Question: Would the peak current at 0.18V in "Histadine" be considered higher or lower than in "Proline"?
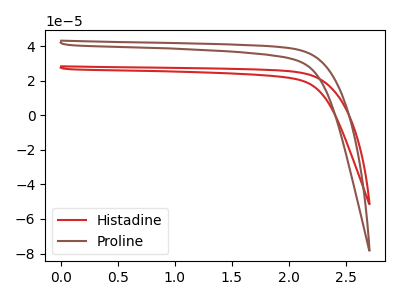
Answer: <think>The red curve "Histadine" has no peaks. The brown curve "Proline" has no peaks.</think>
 <answer>"Histadine" and "Proline" dont share a peak at 0.18V.</answer>
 <eval>mismatch</eval>